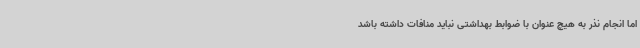
اما انجام نذر به هیچ عنوان با ضوابط بهداشتی نباید منافات داشته باشد